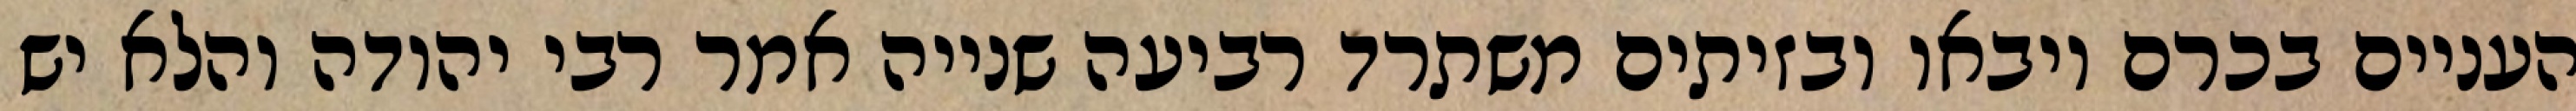
העניים בכרם ויבאו ובזיתים משתרד רביעה שנייה אמר רבי יהודה והלא יש